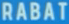
RABAT